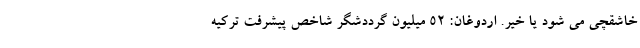
خاشقچی می شود یا خیر. اردوغان: 52 میلیون گرددشگر شاخص پیشرفت ترکیه